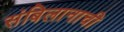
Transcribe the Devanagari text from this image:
संबिलानाची